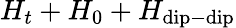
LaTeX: H_{t}+H_{0}+H_{\mathrm{dip-dip}}